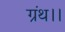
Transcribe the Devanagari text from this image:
ग्रंथ।।